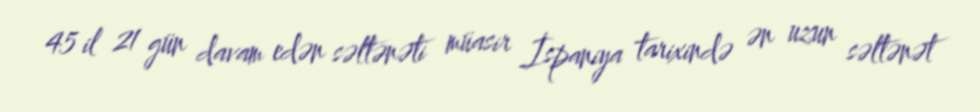
45 il 21 gün davam edən səltənəti müasir İspaniya tarixində ən uzun səltənət